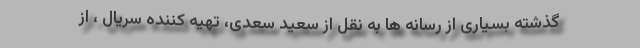
گذشته بسیاری از رسانه ها به نقل از سعید سعدی، تهیه کننده سریال ، از